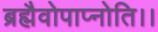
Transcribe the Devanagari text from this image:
ब्रह्मैवोपाप्नोति।।